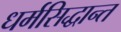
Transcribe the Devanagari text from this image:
धर्मसिद्धान्त